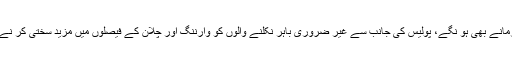
ڈبل سواروں کو جرمانے بھی ہو نگے، پولیس کی جانب سے غیر ضروری باہر نکلنے والوں کو وارننگ اور چلان کے فیصلوں میں مزید سختی کر نے کاحکم دیا گیا ہے۔